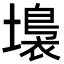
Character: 𡑩